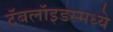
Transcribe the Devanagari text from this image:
टॅबलॉइडस्मध्ये